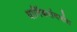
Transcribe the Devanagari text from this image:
धार्मिकसंदर्भात